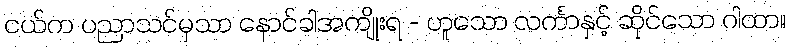
ငယ်က ပညာသင်မှသာ နောင်ခါအကျိုးရ - ဟူသော လင်္ကာနှင့် ဆိုင်သော ဂါထာ။